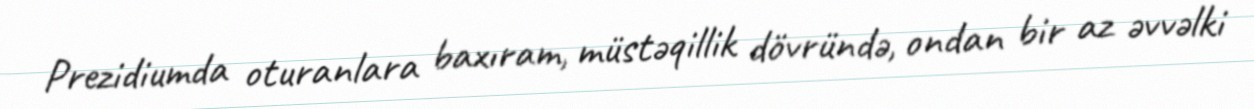
Prezidiumda oturanlara baxıram, müstəqillik dövründə, ondan bir az əvvəlki